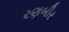
રણબીર